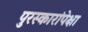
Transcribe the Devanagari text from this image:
पुरस्कारांपेक्षा